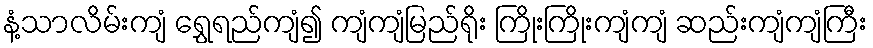
နံ့သာလိမ်းကျံ ရွှေရည်ကျံ၍ ကျံကျံမြည်ရိုး ကြိုးကြိုးကျံကျံ ဆည်းကျံကျံကြီး